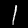
Digit: 1